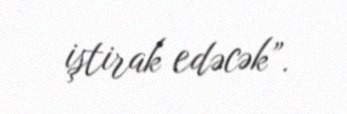
iştirak edəcək”.